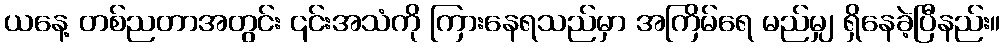
ယနေ့ တစ်ညတာအတွင်း ၎င်းအသံကို ကြားနေရသည်မှာ အကြိမ်ရေ မည်မျှ ရှိနေခဲ့ပြီနည်း။